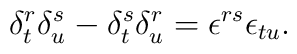
\delta^{r}_{t}\delta^{s}_{u}-\delta^{s}_{t}\delta^{r}_{u}  =\epsilon^{rs}\epsilon_{tu}.